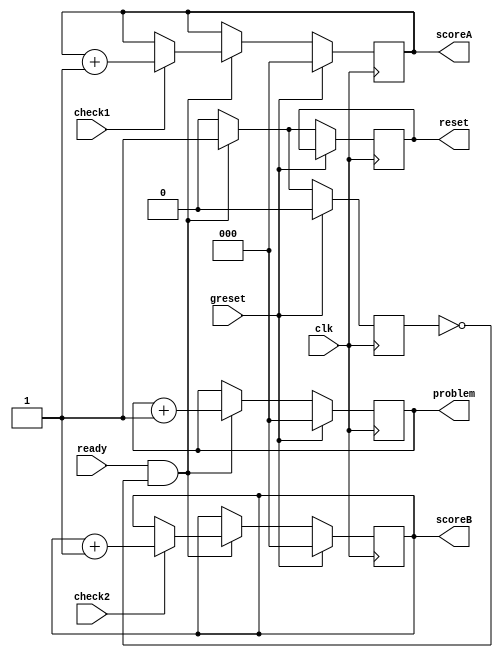
module StateBox(reset, scoreA, scoreB, problem, check1, check2, ready, greset ,clk);
	input check1, check2, ready, greset, clk;
	output [2:0] scoreA, scoreB, problem;
	output reset;
	reg reset;
	reg [2:0]scoreA, scoreB;
	reg [2:0]problem;
	reg visit;

	always @(posedge clk) begin
		if(greset) begin
			scoreA <= 3'b000;
			scoreB <= 3'b000;
			problem <= 3'b000;
			visit <= 1'b0;
		end else if(ready && ~visit) begin
			if(check1 == 1'b1) begin
				scoreA <= scoreA + 1;
			end
			if(check2 == 1'b1) begin
				scoreB <= scoreB + 1;
			end
			problem <= problem + 1;
			reset <= 1'b1;
			visit <= 1'b1;
		end else begin
			reset <= 1'b0;
			visit <= 1'b0;
		end
	end

endmodule